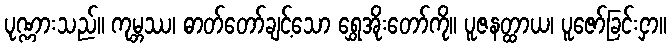
ပုဏ္ဏားသည်။ ကုမ္ဘဿ၊ ဓာတ်တော်ချင့်သော ရွှေအိုးတော်ကို။ ပူဇနတ္ထာယ၊ ပူဇော်ခြင်းငှာ။